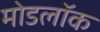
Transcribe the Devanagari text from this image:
मोडलॉक